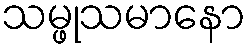
သမ္ဖုသမာနော